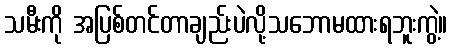
သမီးကို အပြစ်တင်တာချည်းပဲလို့သဘောမထားရဘူးကွဲ့။